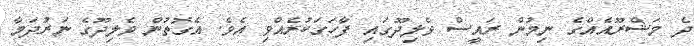
ދެ މަޝްރޫއެއްގެ ނިމުން ރައީސް ވެލިދޫގައި ފާހަގަކުރެއްވި އެވެ. އެގޮތުން ވެލިދޫގެ ނަރުދަމާ